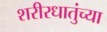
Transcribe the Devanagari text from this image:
शरीरधातुंच्या